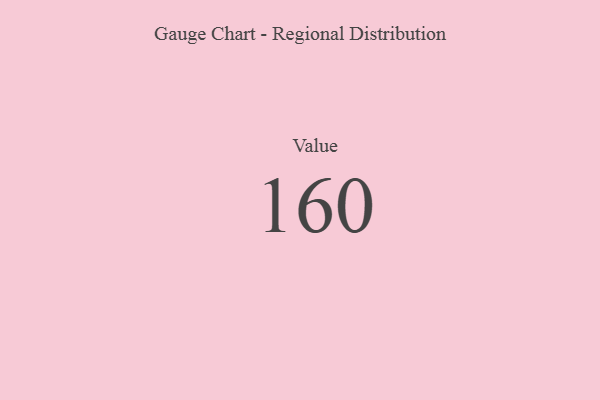
{"axis": {"x": "Metric", "y": "Value"}, "legend": [""], "data": [{"x": "Value", "y": 160, "type": ""}]}